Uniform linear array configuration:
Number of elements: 24
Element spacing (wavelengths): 0.25
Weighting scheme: hann
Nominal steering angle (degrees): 45
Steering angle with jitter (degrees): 45.945
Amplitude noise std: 0.05
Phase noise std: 0.05

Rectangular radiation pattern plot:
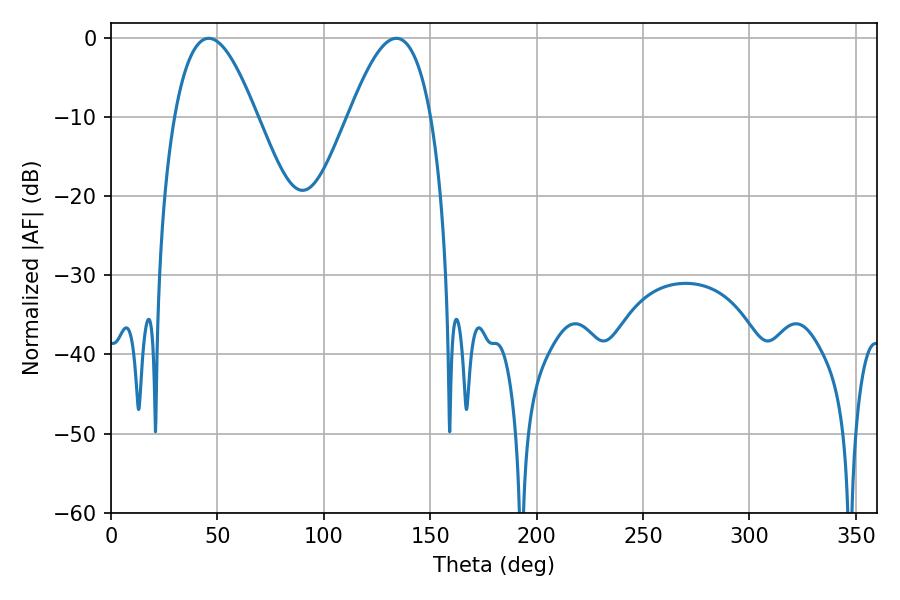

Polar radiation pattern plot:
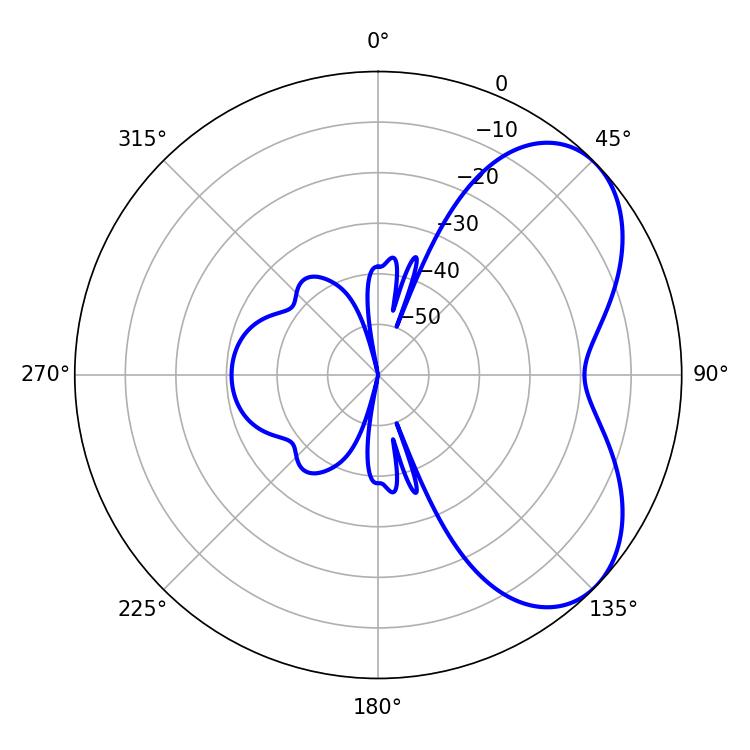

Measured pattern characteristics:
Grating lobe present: FALSE
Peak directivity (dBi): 5.3
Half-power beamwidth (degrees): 21.06
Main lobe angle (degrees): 45.9